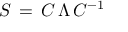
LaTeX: { \cal S } \, = \, { \cal C } \, \Lambda \, { \cal C } ^ { - 1 }